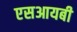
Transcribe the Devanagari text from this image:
एसआयबी